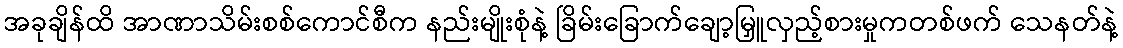
အခုချိန်ထိ အာဏာသိမ်းစစ်ကောင်စီက နည်းမျိုးစုံနဲ့ ခြိမ်းခြောက်ချော့မြှူလှည့်စားမှုကတစ်ဖက် သေနတ်နဲ့